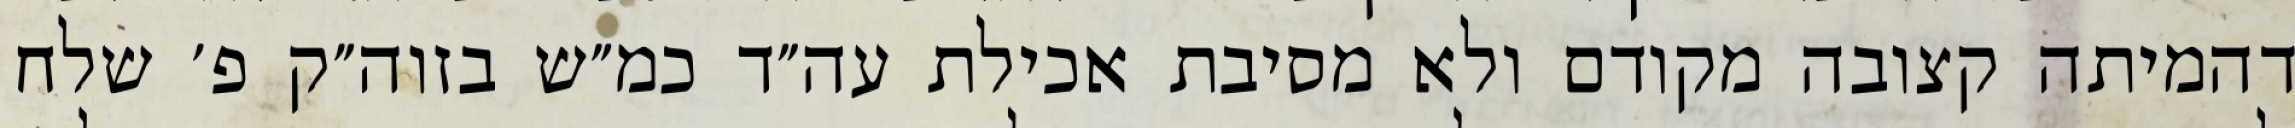
דהמיתה קצובה מקודם ולא מסיבת אכילת עה״ד כמ״ש בזוה״ק פ׳ שלח